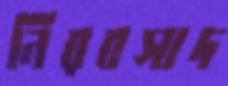
নিরবসাদ